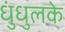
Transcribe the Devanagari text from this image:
धुंधुलके